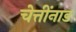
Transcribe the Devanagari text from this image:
चेत्तींनाड